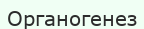
Органогенез